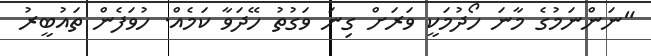
"ނަންނަމުގެ މާނަ ހޯދުމަކީ ވަރަށް ގިނަ ވަގުތު ހޭދަވާ ކަމެއް. ހުވަފެން ތައުބީރު